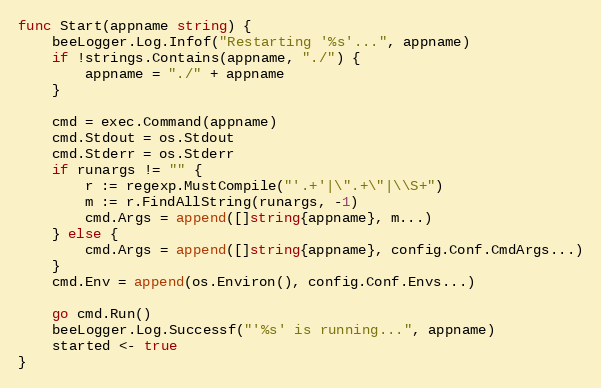
Language: Go
func Start(appname string) {
	beeLogger.Log.Infof("Restarting '%s'...", appname)
	if !strings.Contains(appname, "./") {
		appname = "./" + appname
	}

	cmd = exec.Command(appname)
	cmd.Stdout = os.Stdout
	cmd.Stderr = os.Stderr
	if runargs != "" {
		r := regexp.MustCompile("'.+'|\".+\"|\\S+")
		m := r.FindAllString(runargs, -1)
		cmd.Args = append([]string{appname}, m...)
	} else {
		cmd.Args = append([]string{appname}, config.Conf.CmdArgs...)
	}
	cmd.Env = append(os.Environ(), config.Conf.Envs...)

	go cmd.Run()
	beeLogger.Log.Successf("'%s' is running...", appname)
	started <- true
}